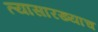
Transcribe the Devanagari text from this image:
त्यासारख्याच